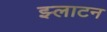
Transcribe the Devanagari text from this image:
झ्लाटन